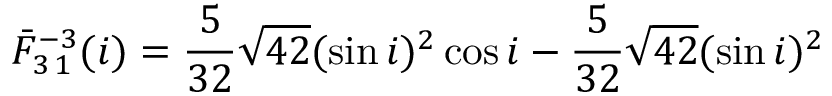
\bar { F } _ { 3 \, 1 } ^ { - 3 } ( i ) = \frac { 5 } { 3 2 } \sqrt { 4 2 } ( \sin i ) ^ { 2 } \cos i - \frac { 5 } { 3 2 } \sqrt { 4 2 } ( \sin i ) ^ { 2 }